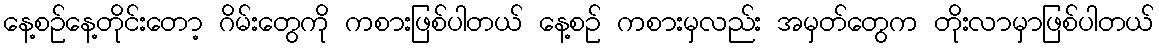
နေ့စဉ်နေ့တိုင်းတော့ ဂိမ်းတွေကို ကစားဖြစ်ပါတယ် နေ့စဉ် ကစားမှလည်း အမှတ်တွေက တိုးလာမှာဖြစ်ပါတယ်